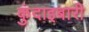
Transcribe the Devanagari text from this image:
कुंदाइबारी